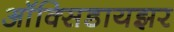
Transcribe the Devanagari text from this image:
ऑक्‍सिडायझर